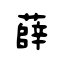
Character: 薛